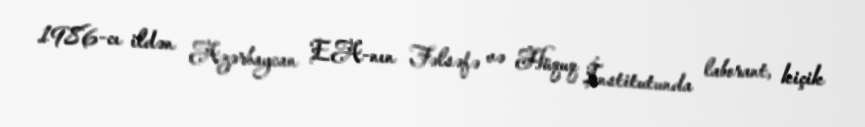
1986-cı ildən Azərbaycan EA-nın Fəlsəfə və Hüquq İnstitutunda laborant, kiçik